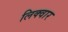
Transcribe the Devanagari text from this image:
लिक्वार